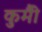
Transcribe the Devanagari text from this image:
कुर्मीै